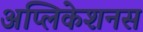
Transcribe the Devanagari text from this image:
अप्लिकेशनस